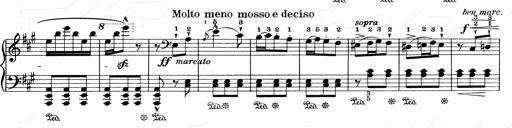
Title: Mephisto Waltz No.1
Composer: Franz Liszt